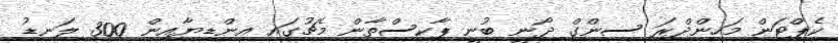
ކެޕްޓަން މަހިންދްރަ ސިންގް ދޯނީ ބުނީ ޕާކިސްތާން މެޗުގައި އިންޑިޔާއިން 300 ލަނޑު